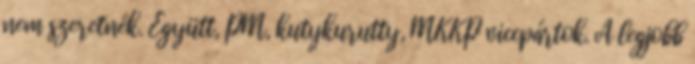
nem szeretnék. Együtt, PM, kutykurutty, MKKP viccpártok. A legjobb